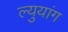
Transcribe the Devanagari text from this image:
ल्युयांग